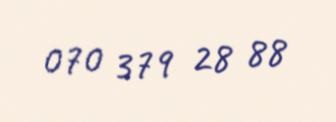
070 379 28 88